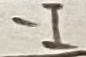
Text: -I